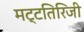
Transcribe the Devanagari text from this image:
मट्टतिरिजी